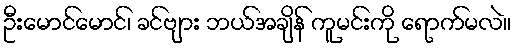
ဦးမောင်မောင်၊ ခင်ဗျား ဘယ်အချိန် ကူမင်းကို ရောက်မလဲ။